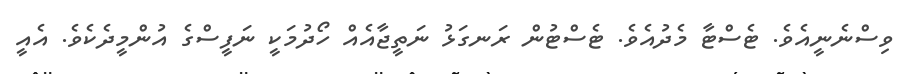
ވިސްނެނީއެވެ. ޓެސްޓާ މެދުއެވެ. ޓެސްޓުން ރަނގަޅު ނަތީޖާއެއް ހޯދުމަކީ ނަފީސްގެ އުންމީދެކެވެ. އެއީ